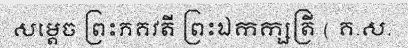
សម្តេច ព្រះភគវតី ព្រះឯកក្សត្រី ( គ.ស.